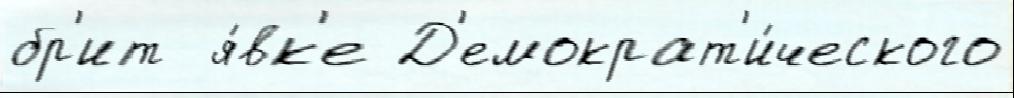
бр'ит  я́вк'е Д'емократ'и́ческого